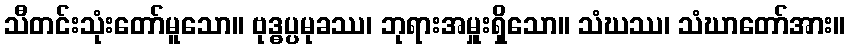
သီတင်းသုံးတော်မူသော။ ဗုဒ္ဓပ္ပမုခဿ၊ ဘုရားအမှူးရှိသော။ သံဃဿ၊ သံဃာတော်အား။